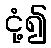
ငုံ့၍